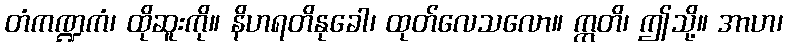
တံကဏ္ဍကံ၊ ထိုဆူးကို။ နိဟရတိနုခေါ၊ ထုတ်လေသလော။ ဣတိ၊ ဤသို့။ အာဟ၊